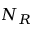
N _ { R }